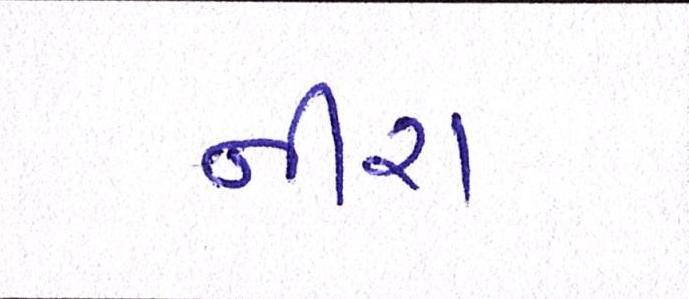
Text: નીરા